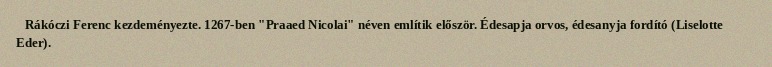
Rákóczi Ferenc kezdeményezte. 1267-ben "Praaed Nicolai" néven említik először. Édesapja orvos, édesanyja fordító (Liselotte Eder).